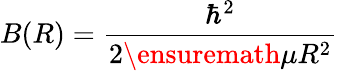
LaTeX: B(R)=\frac{\hbar^{2}}{2\ensuremath{\mu}R^{2}}